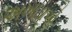
અખાડાએ